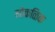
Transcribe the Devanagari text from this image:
मोकळिक